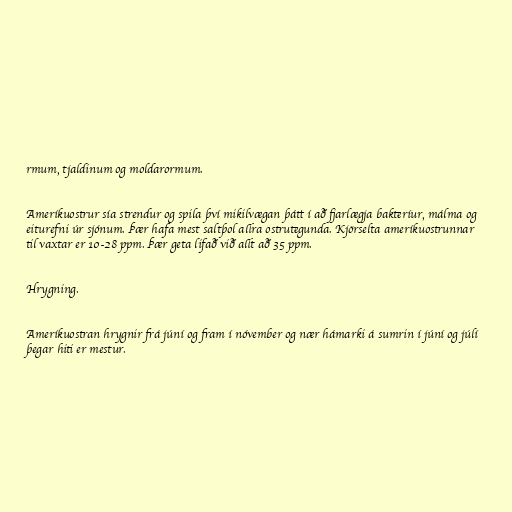
rmum, tjaldinum og moldarormum.

Ameríkuostrur sía strendur og spila því mikilvægan þátt í að fjarlægja bakteríur, málma og
eiturefni úr sjónum. Þær hafa mest saltþol allra ostrutegunda. Kjörselta ameríkuostrunnar
til vaxtar er 10-28 ppm. Þær geta lifað við allt að 35 ppm.

Hrygning.

Ameríkuostran hrygnir frá júní og fram í nóvember og nær hámarki á sumrin í júní og júlí
þegar hiti er mestur.